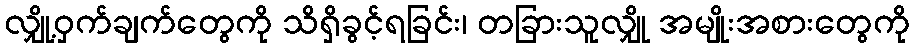
လျှို့ဝှက်ချက်တွေကို သိရှိခွင့်ရခြင်း၊ တခြားသူလျှို အမျိုးအစားတွေကို